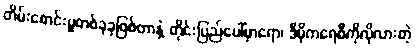
တိမ်းစောင်းမှုတစ်ခုခုဖြစ်တာနဲ့ တိုင်းပြည်ပေါ်မှာရော၊ ဒီမိုကရေစီကိုလိုလားတဲ့